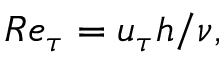
R e _ { \tau } = u _ { \tau } h / \nu ,